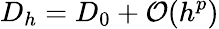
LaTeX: D_{h}=D_{0}+\mathcal{O}(h^{p})